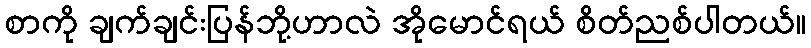
စာကို ချက်ချင်းပြန်ဘို့ဟာလဲ အိုမောင်ရယ် စိတ်ညစ်ပါတယ်။